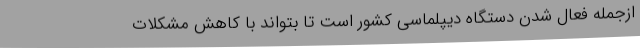
ازجمله فعال شدن دستگاه دیپلماسی کشور است تا بتواند با کاهش مشکلات